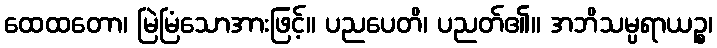
ထေထတော၊ မြဲမြံသောအားဖြင့်။ ပညပေတိ၊ ပညတ်၏။ အဘိသမ္ပရာယဉ္စ၊